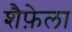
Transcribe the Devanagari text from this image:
शैफ़ेला